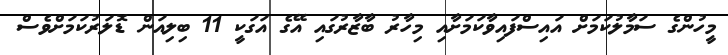
މީހުންގެ ސަމާލުކަމަށް އައިސްފައިވާކަމަށާއި މިހާރު ބާޒާރުގައި އޭގެ އަގަކީ 11 ބިލިއަން ޑޮލަރުކަމަށްވެސް